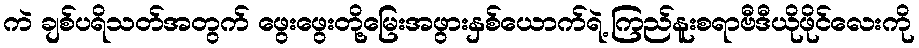
ကဲ ချစ်ပရိသတ်အတွက် ဖွေးဖွေးတို့မြေးအဖွားနှစ်ယောက်ရဲ့ ကြည်နူးစရာဗီဒီယိုဖိုင်လေးကို